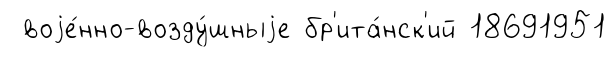
воjе́нно-возду́шныjе бр'ита́нск'ий 18691951